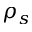
\rho _ { s }